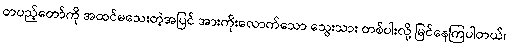
တပည့်တော်ကို အထင်မသေးတဲ့အပြင် အားကိုးလောက်သော သွေးသား တစ်ပါးလို့ မြင်နေကြပါတယ်၊